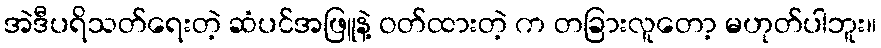
အဲဒီပရိသတ်ရေးတဲ့ ဆံပင်အဖြူနဲ့ ဝတ်ထားတဲ့ က တခြားလူတော့ မဟုတ်ပါဘူး။